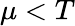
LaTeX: \mu<T